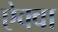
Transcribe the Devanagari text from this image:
ऐक्वा